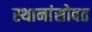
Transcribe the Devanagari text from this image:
स्थानांसोबत